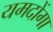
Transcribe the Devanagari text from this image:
यमदोंगा